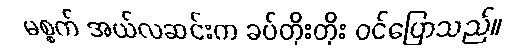
မစ္စက် အယ်လဆင်းက ခပ်တိုးတိုး ဝင်ပြောသည်။